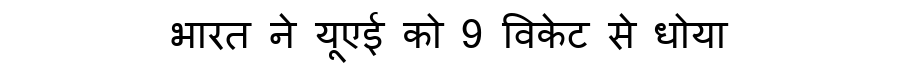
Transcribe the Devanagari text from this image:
भारत ने यूएई को 9 विकेट से धोया